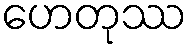
ဟေတုဿ